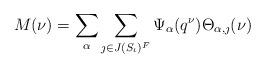
LaTeX: \begin{align*}M(\nu) =\sum_{\alpha} \sum_{\jmath\in J(S_\iota)^F} \Psi_\alpha(q^\nu)\Theta_{\alpha, \jmath}(\nu)\end{align*}